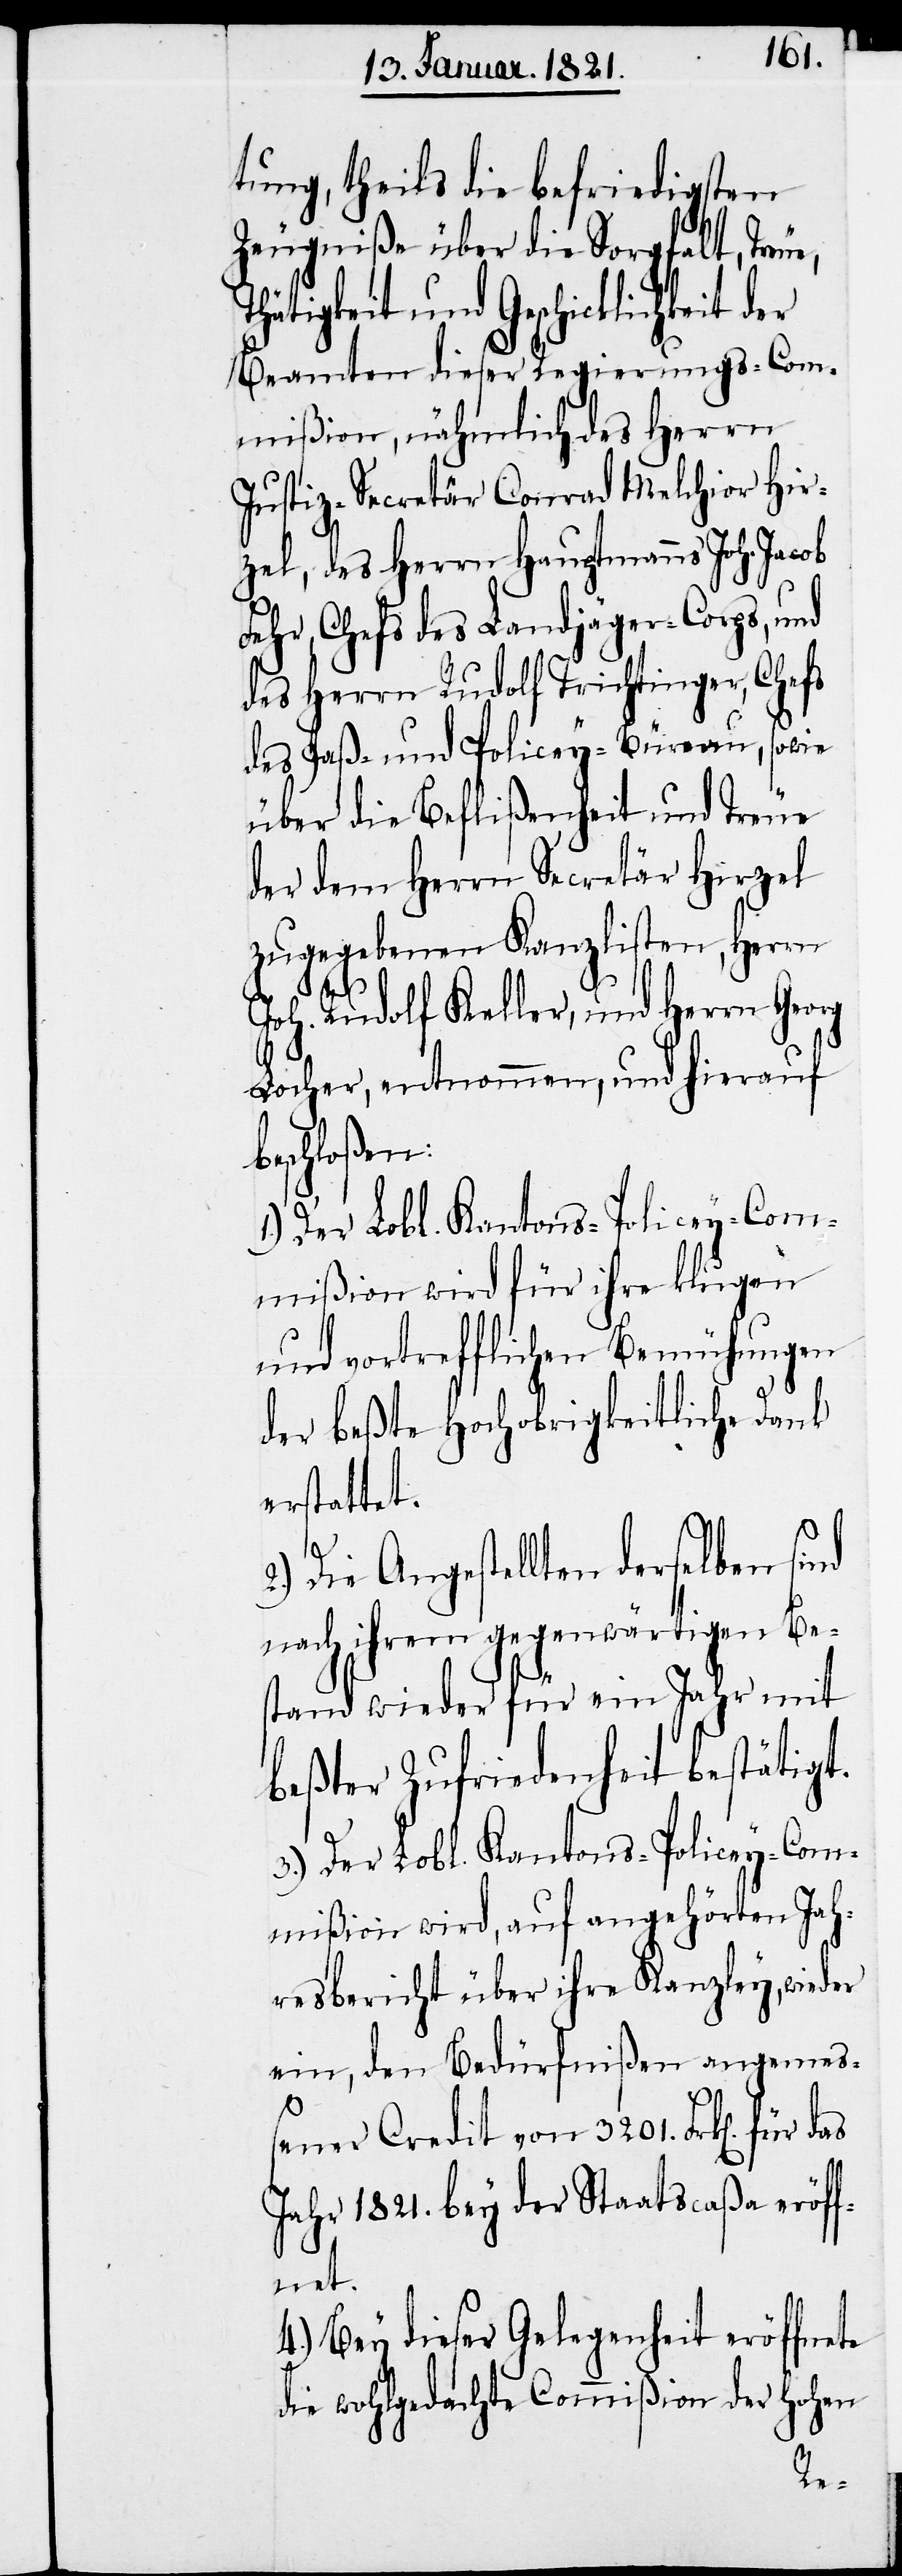
tung, theils die befriedigenden
Zeugniße über die Sorgfalt, Tre¬
Thätigkeit und Geschicklichkeit
Beamten dieser Regierungs-Com¬
mißion, nähmlich des Herrn
Justiz-Secretär Conrad Melchior Hir¬
zel, des Herrn Hauptmanns Joh. Jacob
Fehr, Chefs des Landjäger-Corps, und
des Herrn Rudolf Trichtinger, Chefs
des Paß- und Policey-Büreau, sowie
über die Beflißenheit und Treue
der dem Herrn Secretär Hirzel
zugegebenen Kanzlisten, Herrn
Joh. Rudolf Keller, und Herrn Georg
Locher, entnommen, und hierauf
beschloßen:
1.) Der Lobl. Kantons-Policey-Com¬
mißion wird für ihre klugen
und vortrefflichen Bemühungen
der beßte Hochobrigkeitliche Dank
erstattet.
2.) Die Angestellten derselben sind
nach ihrem gegenwärtigen Be¬
stand wieder für ein Jahr mit
beßter Zufriedenheit bestätigt.
3.) Der Lobl. Kantons-Policey-Com¬
mißion wird, auf angehörten Jah¬
resbericht über ihre Kanzley, wieder
ein, den Bedürfnißen angemeß¬
ener Credit von 3201. Frk[en]. für
Jahr 1821. bey der Staatscaßa eröff¬
net.
4.) Bey dieser Gelegenheit eröffnete
die wohlgedachte Commißion der hohen